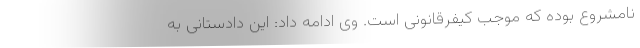
نامشروع بوده که موجب کیفرقانونی است. وی ادامه داد: این دادستانی به